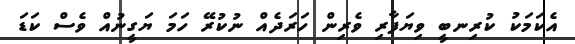
އެކަމަކު ކުރިނބީ ވިޔަފާރި ވެރިން ހަރަދެއް ނުކުރޭ ހަމަ ޔަގީނުއް ވެސް ކަޑަ